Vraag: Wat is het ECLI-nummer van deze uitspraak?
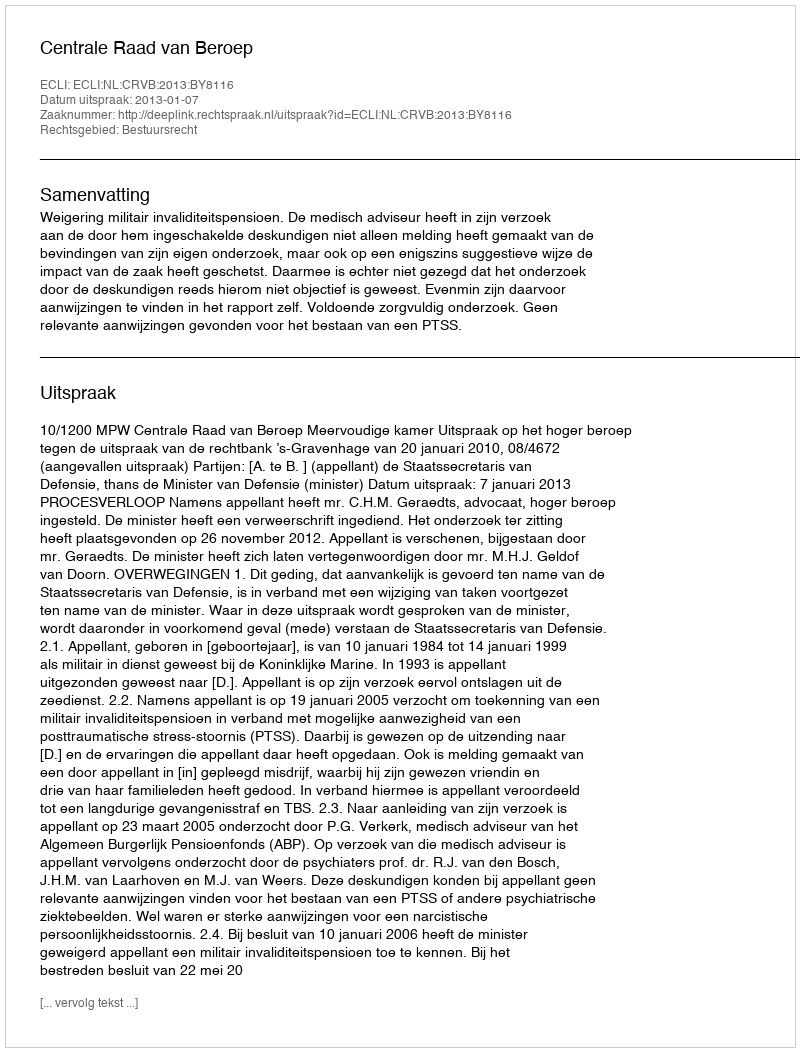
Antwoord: ECLI:NL:CRVB:2013:BY8116